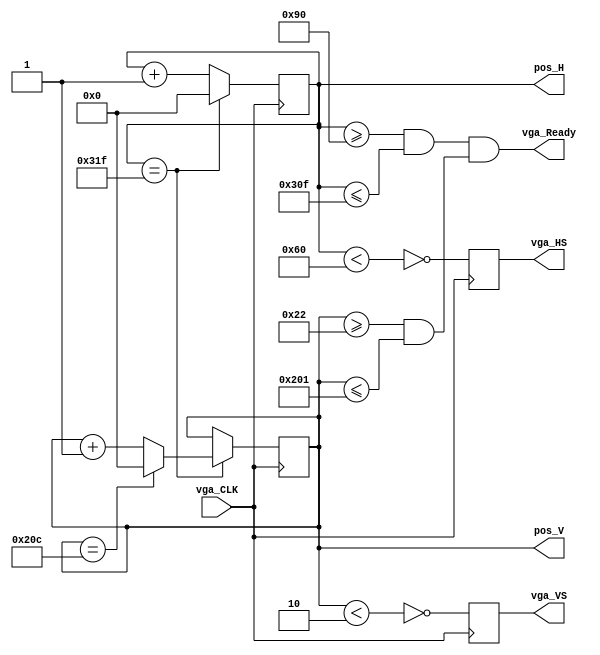
module VGA_Sync(vga_CLK, vga_VS, vga_HS, vga_Ready, pos_H, pos_V);

input vga_CLK;
output reg[9:0] pos_H, pos_V;
output reg vga_HS, vga_VS;
output wire vga_Ready;

parameter H_sync = 96;
parameter H_back = 48;
parameter H_front = 16;
parameter one_line = 799;
parameter V_sync = 2;
parameter V_back = 32;
parameter V_front = 11;
parameter one_frame = 524; 

wire HSync, VSync, vga_ReadyH, vga_ReadyV;

initial begin
	vga_HS = 1'b0;
	vga_VS = 1'b0;
	pos_H = 10'd0;
	pos_V = 10'd0;
end

always @(posedge vga_CLK) begin
	if(pos_H == one_line) begin
		pos_H <= 0;
		if(pos_V == one_frame) pos_V <= 0;
		else pos_V <= pos_V + 1;
	end
	else pos_H <= pos_H + 1;
end

assign HSync = !(pos_H < H_sync);
assign VSync = !(pos_V < V_sync);
assign vga_ReadyH = (pos_H >= (H_sync+H_back) && pos_H <= (one_line-H_front));
assign vga_ReadyV = (pos_V >= (V_sync+V_back) && pos_V <= (one_frame-V_front));
assign vga_Ready = (vga_ReadyH && vga_ReadyV);

always @(posedge vga_CLK) begin
	vga_HS <= HSync;
	vga_VS <= VSync;
end
endmodule